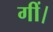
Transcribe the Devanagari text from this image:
गीं।